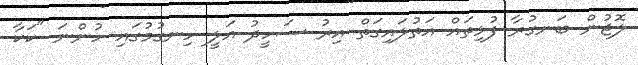
ލޮޖުން ބަނގުރާ ފުޅިތައް އަތުލައިގަތް އިރު ސަހީދު އަލީ ހިނގުމުގައި ހުންނަ "ކަކާ